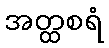
အတ္ထစရံ